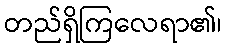
တည်ရှိကြလေရာ၏၊